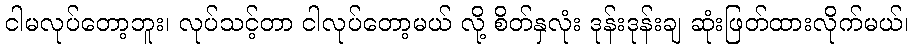
ငါမလုပ်တော့ဘူး၊ လုပ်သင့်တာ ငါလုပ်တော့မယ် လို့ စိတ်နှလုံး ဒုန်းဒုန်းချ ဆုံးဖြတ်ထားလိုက်မယ်၊